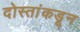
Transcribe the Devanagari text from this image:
दोस्तांकडून